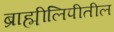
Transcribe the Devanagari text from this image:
ब्राह्मीलिपीतील